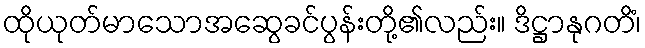
ထိုယုတ်မာသောအဆွေခင်ပွန်းတို့၏လည်း။ ဒိဋ္ဌာနုဂတိံ၊